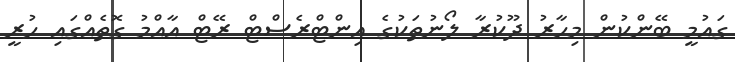
ގައުމީ ބޭންކުން މިހާރު ދޫކުރާ ލޯނުތަކުގެ އިންޓްރެސްޓް ރޭޓް އާއްމު ގޮތެއްގައި ހުރީ